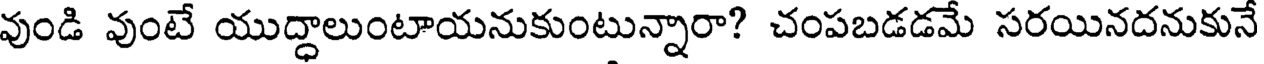
వుండి వుంటే యుద్ధాలుంటాయనుకుంటున్నారా? చంపబడడమే సరయినదనుకునే